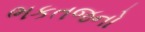
ભકતજનો